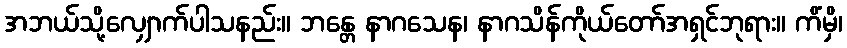
အဘယ်သို့လျှောက်ပါသနည်း။ ဘန္တေ နာဂသေန၊ နာဂသိန်ကိုယ်တော်အရှင်ဘုရား။ ကိံမှိ၊